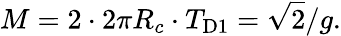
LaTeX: M=2\cdot 2\pi R_{c}\cdot T_{\mathrm{D}{1}}=\sqrt{2}/g.